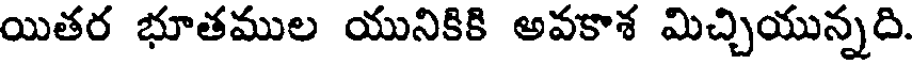
యితర భూతముల యునికికి అవకాశ మిచ్చియున్నది.